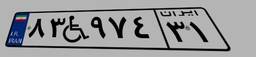
۶۶W۴۷۹۸۲